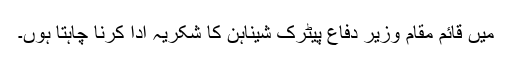
میں قائم مقام وزیر دفاع پیٹرک شیناہن کا شکریہ ادا کرنا چاہتا ہوں۔